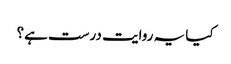
کیا یہ روایت درست ہے؟